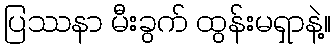
ပြဿနာ မီးခွက် ထွန်းမရှာနဲ့။